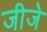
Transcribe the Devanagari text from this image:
जीजे